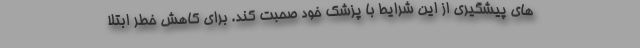
های پیشگیری از این شرایط با پزشک خود صحبت کند. برای کاهش خطر ابتلا